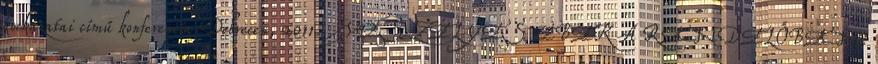
kockázatai című konferencia Debrecen, 2011. VESZÉLYES EBEK A RENDELŐBEN.